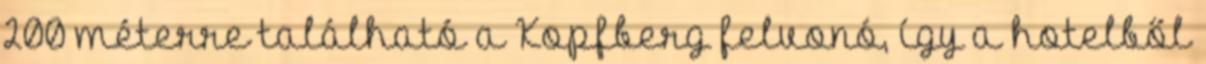
200 méterre található a Kopfberg felvonó, így a hotelből